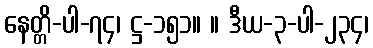
နေတ္တိ-ပါ-၇၄၊ ဋ္ဌ-၁၅၁။ ။ ဒီယ-၃-ပါ-၂၃၄၊